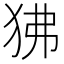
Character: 狒